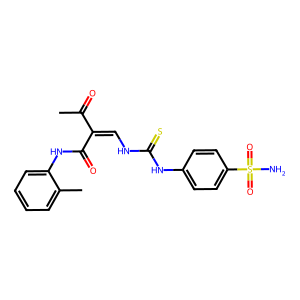
SMILES: CC(=O)C(=CNC(=S)Nc1ccc(S(N)(=O)=O)cc1)C(=O)Nc1ccccc1C
Inhibits HIV replication: No